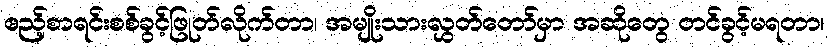
ဧည့်စာရင်းစစ်ခွင့်ဖြုတ်လိုက်တာ၊ အမျိုးသားလွှတ်တော်မှာ အဆိုတွေ တင်ခွင့်မရတာ၊